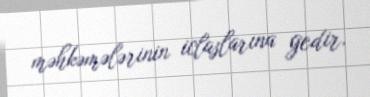
məhkəmələrinin iclaslarına gedir.